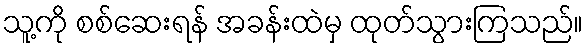
သူ့ကို စစ်ဆေးရန် အခန်းထဲမှ ထုတ်သွားကြသည်။